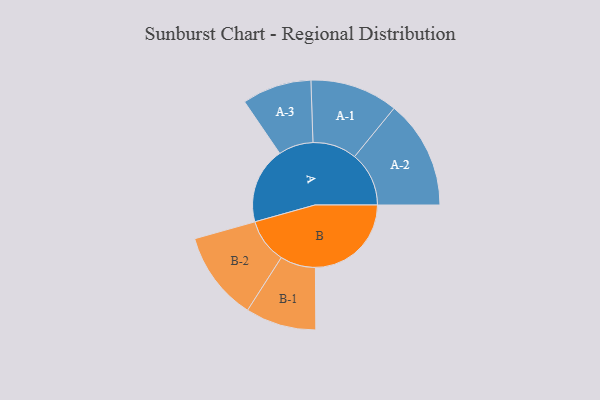
{"axis": {"x": "Segment", "y": "Value"}, "legend": ["", "A", "B"], "data": [{"x": "A", "y": 378, "type": ""}, {"x": "B", "y": 475, "type": ""}, {"x": "A-1", "y": 218, "type": "A"}, {"x": "A-2", "y": 269, "type": "A"}, {"x": "A-3", "y": 172, "type": "A"}, {"x": "B-1", "y": 175, "type": "B"}, {"x": "B-2", "y": 221, "type": "B"}]}